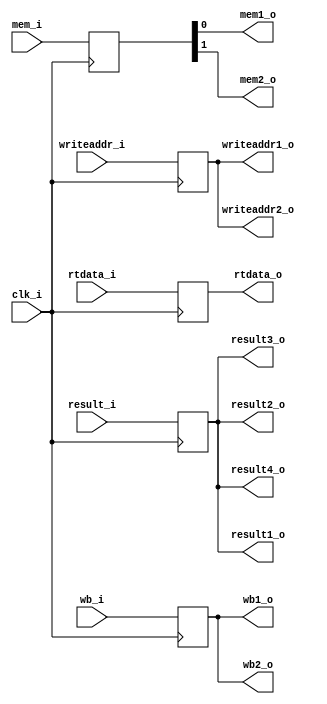
module EX_MEM
(
	clk_i,
	wb_i,
	mem_i,
	result_i,
	rtdata_i,
	writeaddr_i,
	wb1_o,
	wb2_o,
	mem1_o,
	mem2_o,
	result1_o,
	result2_o,
	result3_o,
	result4_o,
	rtdata_o,
	writeaddr1_o,
	writeaddr2_o
);

input			clk_i;
input	[1:0]	wb_i;
input	[1:0]	mem_i;
input	[31:0]	result_i, rtdata_i;
input	[4:0]	writeaddr_i;
output	[1:0]	wb1_o, wb2_o;
output			mem1_o, mem2_o;
output	[31:0]	result1_o, result2_o, result3_o, result4_o, rtdata_o;
output	[4:0]	writeaddr1_o, writeaddr2_o;

reg 	[1:0]	wb;
reg		[1:0]	mem;
reg 	[31:0]	result, rtdata;
reg		[4:0]	writeaddr;

assign wb1_o = wb;
assign wb2_o = wb;
assign mem1_o = mem[0];
assign mem2_o = mem[1];
assign result1_o = result;
assign result2_o = result;
assign result3_o = result;
assign result4_o = result;
assign rtdata_o = rtdata;
assign writeaddr1_o = writeaddr;
assign writeaddr2_o = writeaddr;

always@(negedge clk_i) begin
	wb <= wb_i;
	mem <= mem_i;
	result <= result_i;
	rtdata <= rtdata_i;
	writeaddr <= writeaddr_i;
end

endmodule